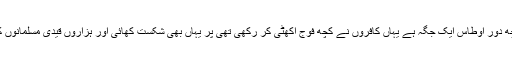
حنین سے کچھ دور اوطاس ایک جگہ ہے یہاں کافروں نے کچھ فوج اکھٹی کر رکھی تھی پر یہاں بھی شکست کھائی اور ہزاروں قیدی مسلمانوں کے ہاتھ آئے۔